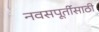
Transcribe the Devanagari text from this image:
नवसपूर्तीसाठी